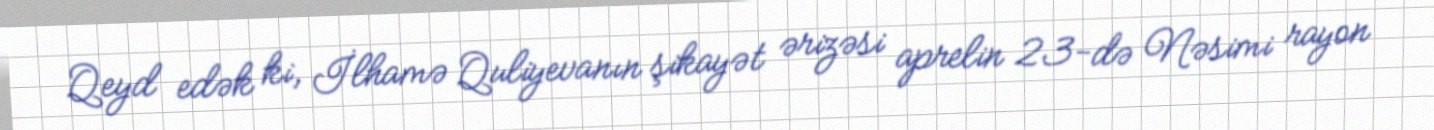
Qeyd edək ki, İlhamə Quliyevanın şikayət ərizəsi aprelin 23-də Nəsimi rayon